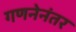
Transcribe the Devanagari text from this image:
गणनेनंतर